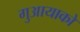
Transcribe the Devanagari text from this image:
गुआयाको